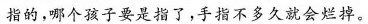
指的，哪个孩子要是指了，手指不多久就会烂掉。